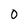
Character: 0